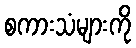
စကားသံများကို